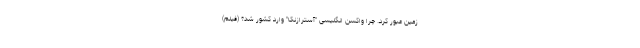
زمین عبور کرد. چرا واکسن انگلیسی "آسترازنکا" وارد کشور شد؟ (فیلم)